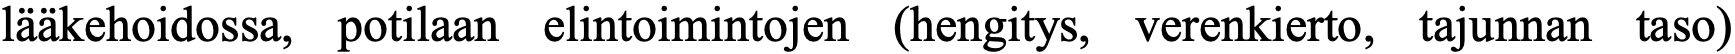
lääkehoidossa, potilaan elintoimintojen (hengitys, verenkierto, tajunnan taso)